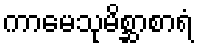
ကာမေသုမိစ္ဆာစာရံ